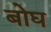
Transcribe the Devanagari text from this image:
बोघ